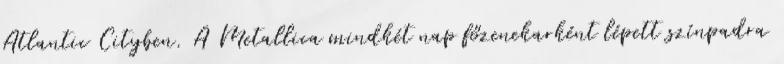
Atlantic Cityben. A Metallica mindkét nap főzenekarként lépett színpadra